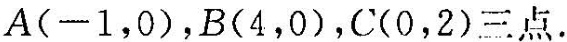
A(-1，0)，B(4，0)，C(0，2)三点.